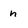
Character: n